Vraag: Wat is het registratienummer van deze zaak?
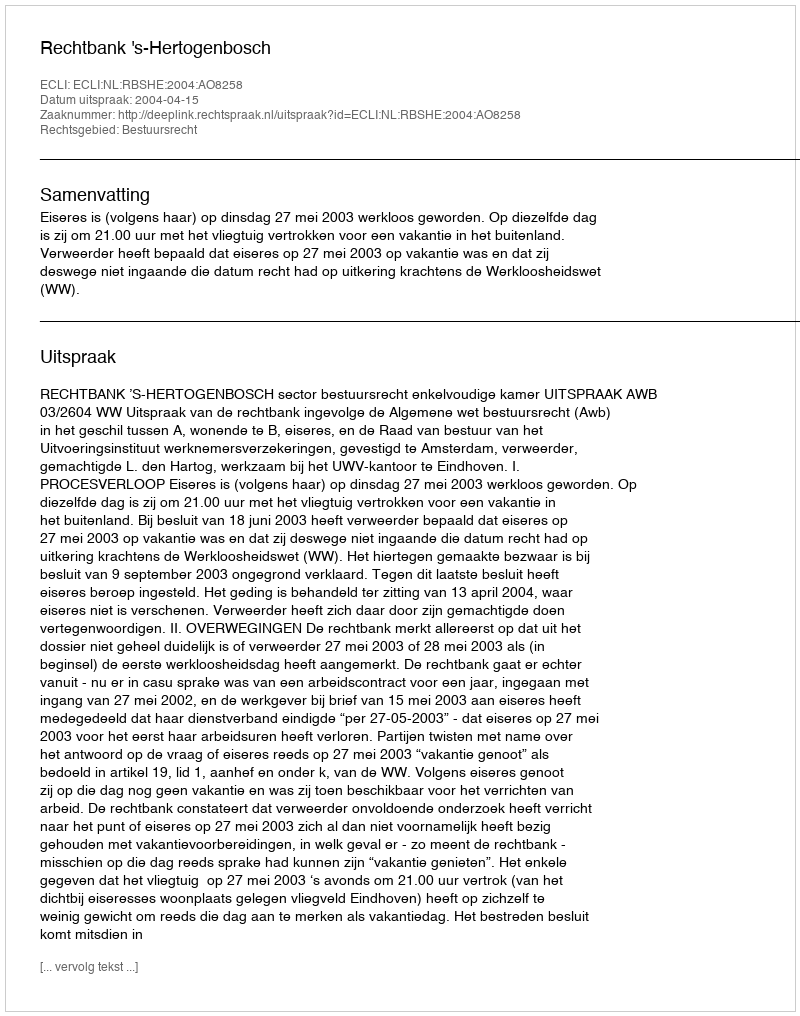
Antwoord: http://deeplink.rechtspraak.nl/uitspraak?id=ECLI:NL:RBSHE:2004:AO8258